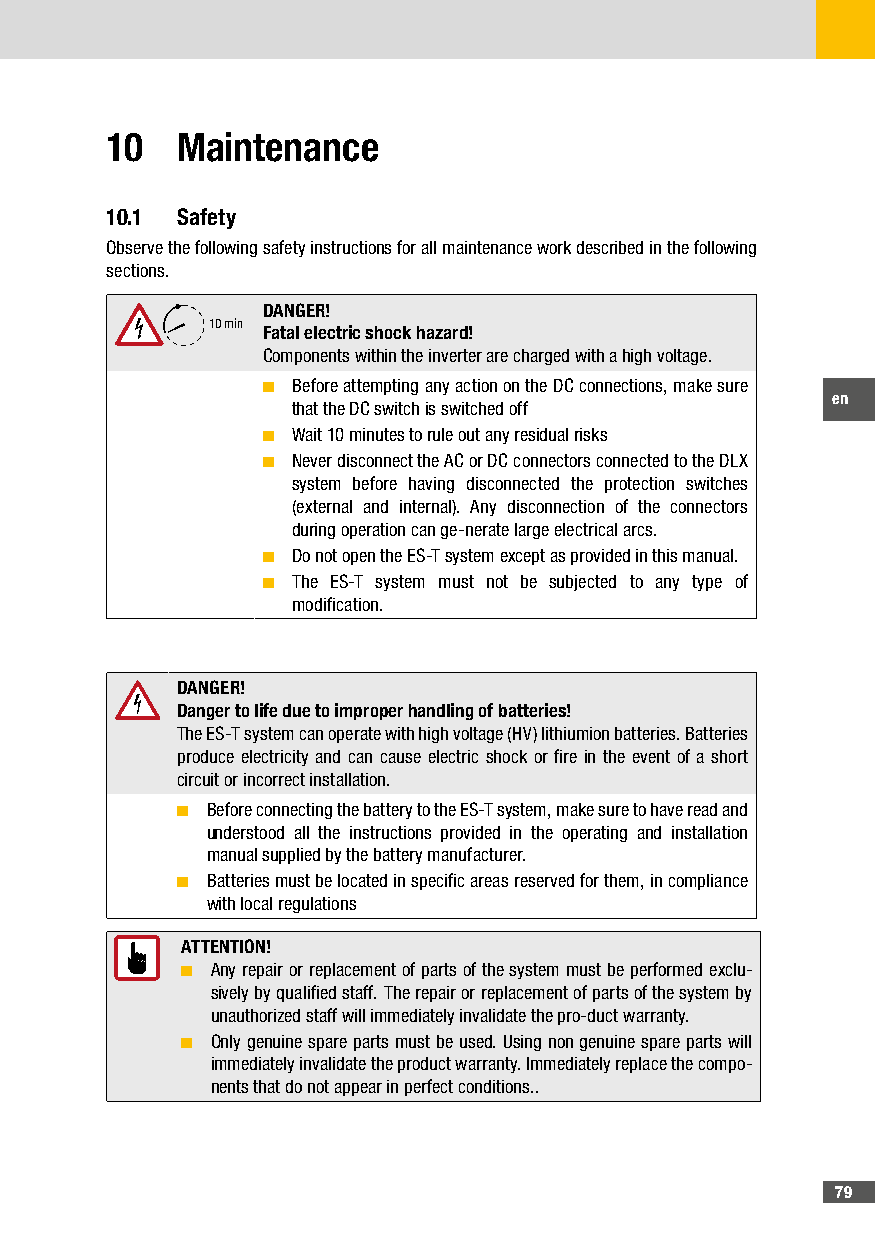
10   Maintenance
 10�1 Safety
 Observe the following safety instructions for all maintenance work described in the following
 sections.
 DANGER!
 10 min
 Fatal electric shock hazard!
 Components within the inverter are charged with a high voltage.
 ■ Before attempting any action on the DC connections, make sure
 en
 that the DC switch is switched off
 ■ Wait 10 minutes to rule out any residual risks
 ■ Never disconnect the AC or DC connectors connected to the DLX
 system before having disconnected the protection switches
 (external and internal). Any disconnection of the connectors
 during operation can ge-nerate large electrical arcs.
 ■ Do not open the ES-T system except as provided in this manual.
 ■ The ES-T system must not be subjected to any type of
 modification.
 DANGER!
 Danger to life due to improper handling of batteries!
 The ES-T system can operate with high voltage (HV) lithiumion batteries. Batteries
 produce electricity and can cause electric shock or fire in the event of a short
 circuit or incorrect installation.
 ■ Before connecting the battery to the ES-T system, make sure to have read and
 understood all the instructions provided in the operating and installation
 manual supplied by the battery manufacturer.
 ■ Batteries must be located in specific areas reserved for them, in compliance
 with local regulations
 ATTENTION!
 ■ Any repair or replacement of parts of the system must be performed exclu-
 sively by qualified staff. The repair or replacement of parts of the system by
 unauthorized staff will immediately invalidate the pro-duct warranty.
 ■ Only genuine spare parts must be used. Using non genuine spare parts will
 immediately invalidate the product warranty. Immediately replace the compo-
 nents that do not appear in perfect conditions..
 79